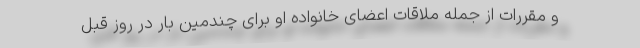
و مقررات از جمله ملاقات اعضای خانواده او برای چندمین بار در روز قبل